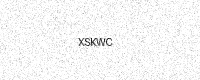
Text: XSKWC